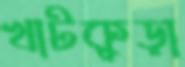
খাটকুড়া